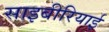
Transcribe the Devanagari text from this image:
साइबीरियाई